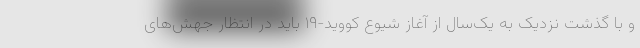
و با گذشت نزدیک به یک‌سال از آغاز شیوع کووید-۱۹ باید در انتظار جهش‌های